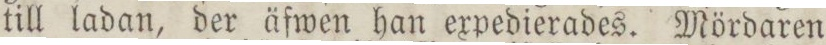
till ladan, der äfwen han expedierades. Mördaren